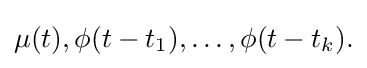
{\textstyle \mu (t),\phi (t-t_{1}),\ldots ,\phi (t-t_{k}).}